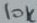
Text: 10K